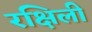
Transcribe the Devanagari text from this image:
रक्षिली